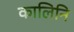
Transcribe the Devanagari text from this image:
कालिनि